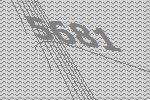
5681